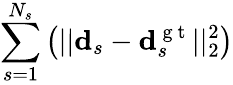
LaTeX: \sum_{s=1}^{N_{s}}\big(||\mathbf{d}_{s}-\mathbf{d}_{s}^{\mathrm{~g~t~}}||_{2}^{2}\big)